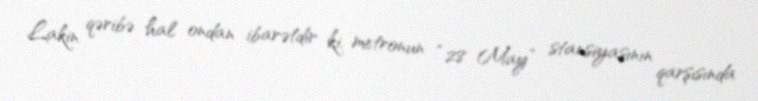
Lakin qəribə hal ondan ibarətdir ki, metronun “28 May” stansiyasının qarşısında